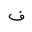
Letter: _fa